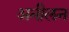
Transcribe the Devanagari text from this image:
अनीलन